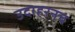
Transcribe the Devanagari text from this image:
उदाहरनच